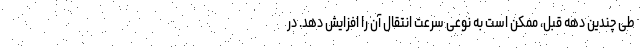
طی چندین دهه قبل، ممکن است به نوعی سرعت انتقال آن را افزایش دهد. در